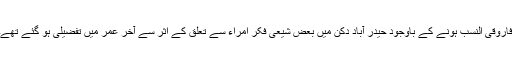
فاروقی النسب ہونے کے باوجود حیدر آباد دکن میں بعض شیعی فکر امراء سے تعلق کے اثر سے آخر عمر میں تفضیلی ہو گئے تھے۔